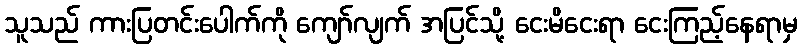
သူသည် ကားပြတင်းပေါက်ကို ကျော်လျက် အပြင်သို့ ငေးမိငေးရာ ငေးကြည့်နေရာမှ